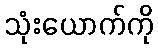
သုံးယောက်ကို